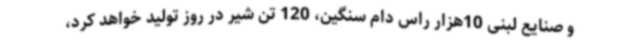
و صنایع لبنی 10هزار راس دام سنگین، 120 تن شیر در روز تولید خواهد کرد،